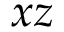
x z